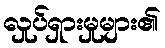
လှုပ်ရှားမှုများ၏